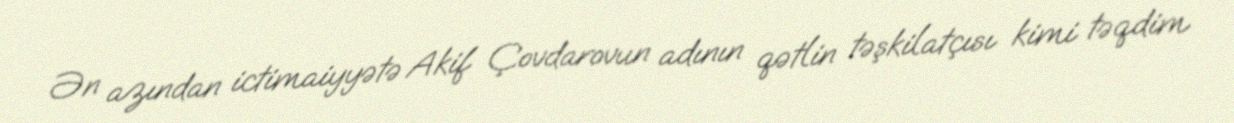
Ən azından ictimaiyyətə Akif Çovdarovun adının qətlin təşkilatçısı kimi təqdim